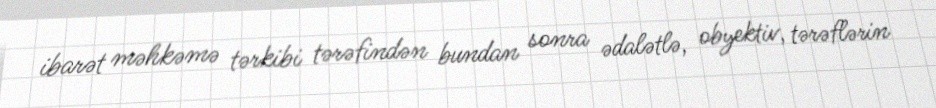
ibarət məhkəmə tərkibi tərəfindən bundan sonra ədalətlə, obyektiv, tərəflərin